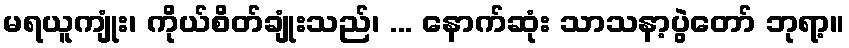
မရယူကျုံး၊ ကိုယ်စိတ်ချုံးသည်၊ ... နောက်ဆုံး သာသနာ့ပွဲတော် ဘုရာ့။